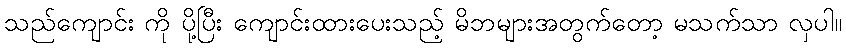
သည်ကျောင်း ကို ပို့ပြီး ကျောင်းထားပေးသည့် မိဘများအတွက်တော့ မသက်သာ လှပါ။